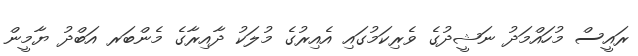
ރައީސް މުހައްމަދު ނަޝީދުގެ ވެރިކަމުގައި އެއިރުގެ މުލަކު ދާއިރާގެ މެންބަރ އަބްދު ޔާމީން